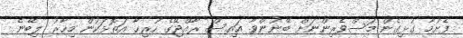
ފެށުމާ ގުޅިގެން މަސްވެރިންނަށް ބޭނުންވާ އައިސް ރާއްޖޭގެ ހުރިހާ އަތޮޅަކުން މިހާރު ލިބޭނެ